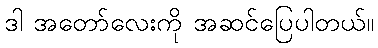
ဒါ အတော်လေးကို အဆင်ပြေပါတယ်။